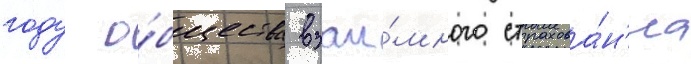
году о́бщества взаи́много страхова́н'иа